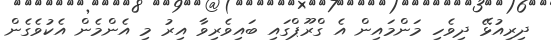
ދިރިއުޅޭ ދިވެހި މަންމައިން އެ ގްރޫޕްގައި ބައިވެރިވާ އިރު މި އެންމެން އެކުވެގެން